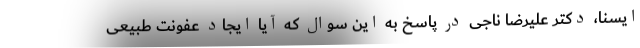
ایسنا، دکتر علیرضا ناجی در پاسخ به این سوال که آیا ایجاد عفونت طبیعی